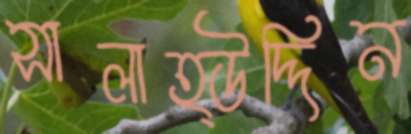
সালাহ্উদ্দিন